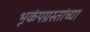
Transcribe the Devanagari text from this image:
भूकंपग्रस्तांच्या